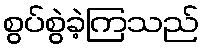
စွပ်စွဲခဲ့ကြသည်